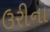
ઉરીના